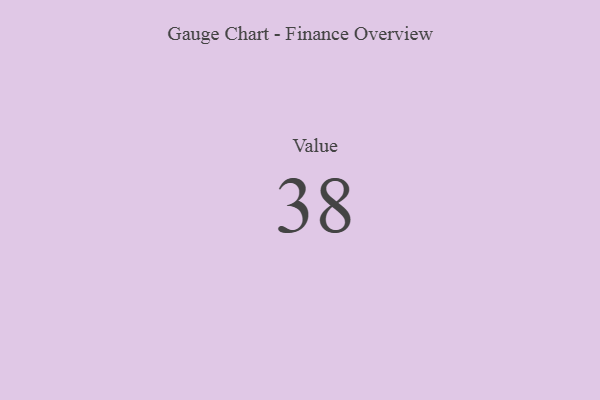
{"axis": {"x": "Metric", "y": "Value"}, "legend": [""], "data": [{"x": "Value", "y": 38, "type": ""}]}